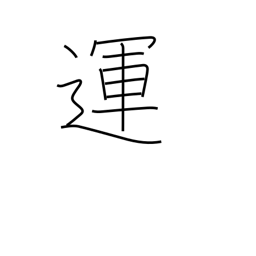
Meaning: destiny